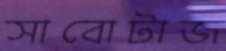
সাবোটাজ